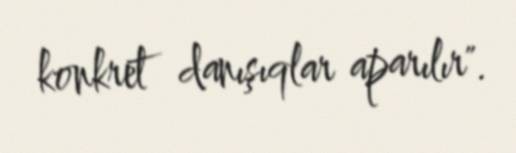
konkret danışıqlar aparılır".